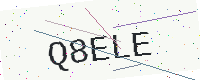
Text: Q8ELE